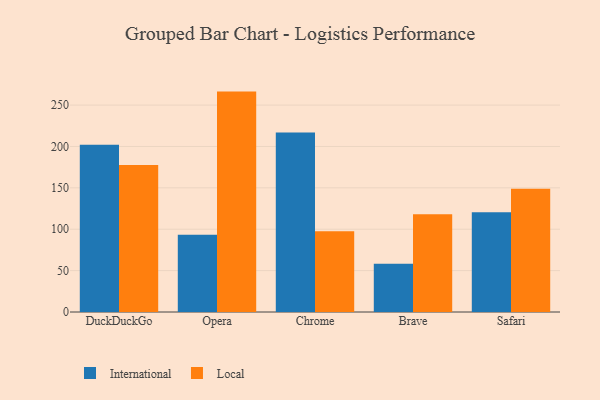
{"axis": {"x": "Browser", "y": "Production Output"}, "legend": ["International", "Local"], "data": [{"x": "DuckDuckGo", "y": 202.0, "type": "International"}, {"x": "DuckDuckGo", "y": 177.7, "type": "Local"}, {"x": "Opera", "y": 93.3, "type": "International"}, {"x": "Opera", "y": 266.3, "type": "Local"}, {"x": "Chrome", "y": 216.9, "type": "International"}, {"x": "Chrome", "y": 97.6, "type": "Local"}, {"x": "Brave", "y": 58.3, "type": "International"}, {"x": "Brave", "y": 118.2, "type": "Local"}, {"x": "Safari", "y": 120.6, "type": "International"}, {"x": "Safari", "y": 149.0, "type": "Local"}]}